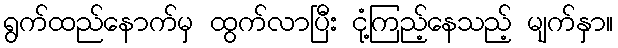
ရွက်ထည်နောက်မှ ထွက်လာပြီး ငုံ့ကြည့်နေသည့် မျက်နှာ။